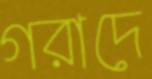
গরাদে